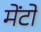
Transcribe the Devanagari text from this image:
मेंटो